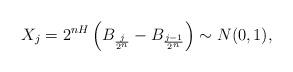
LaTeX: \begin{align*}X_{j}=2^{nH}\left(B_{\frac{j}{2^{n}}}-B_{\frac{j-1}{2^{n}}}\right)\sim N(0,1),\end{align*}